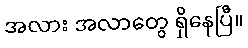
အလား အလာတွေ ရှိနေပြီ။